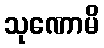
သုဏောမိ